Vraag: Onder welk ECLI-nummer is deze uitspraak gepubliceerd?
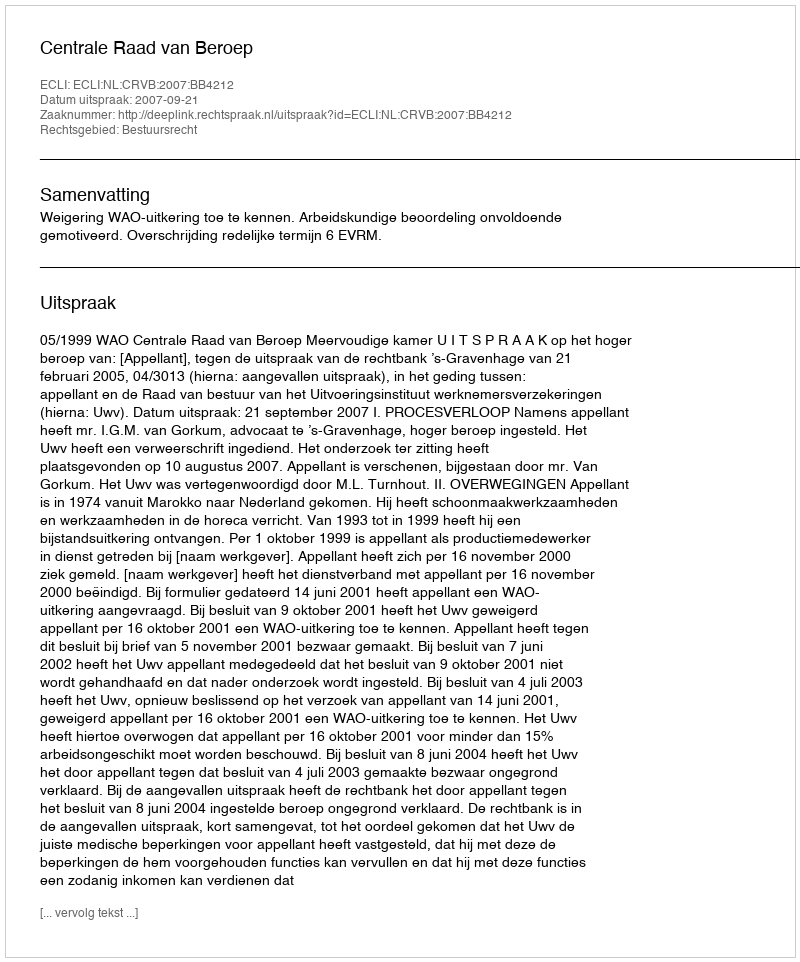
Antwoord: ECLI:NL:CRVB:2007:BB4212